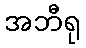
အဘီရု